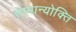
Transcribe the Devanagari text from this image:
सामान्योक्ति